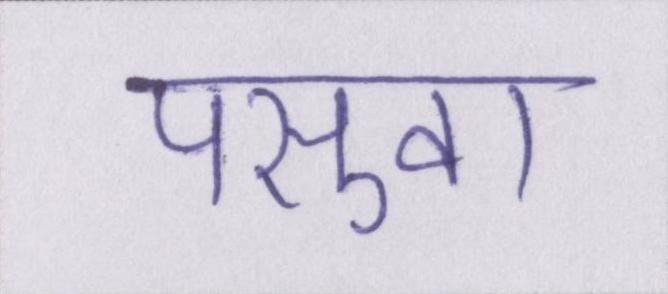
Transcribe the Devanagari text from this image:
पसुवा